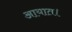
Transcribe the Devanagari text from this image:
आयात।